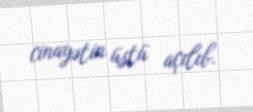
cinayətin üstü açılıb.